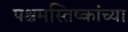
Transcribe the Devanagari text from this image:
पश्चमस्तिष्कांच्या